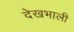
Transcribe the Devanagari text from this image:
देखभाली